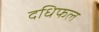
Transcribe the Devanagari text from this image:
दधिफल